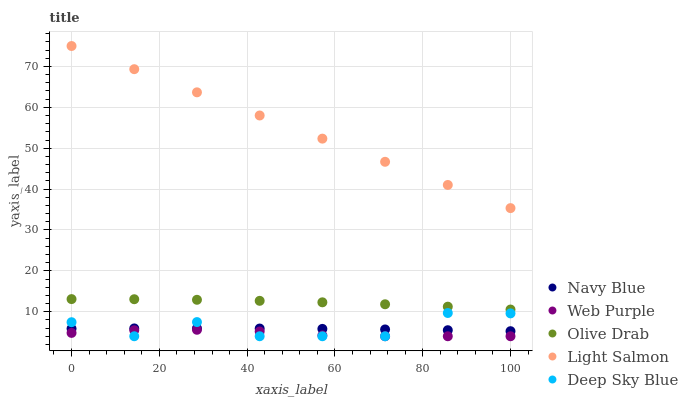
| xaxis_label | Navy Blue | Web Purple | Olive Drab | Light Salmon | Deep Sky Blue |
 | --- | --- | --- | --- | --- | --- |
 | 0 | 5.85 | 4.82 | 13.1 | 75 | 7.44 |
 | 14.3 | 5.92 | 5.47 | 13.1 | 69.3 | 4 |
 | 28.6 | 5.93 | 5.58 | 12.9 | 63.7 | 7.47 |
 | 42.9 | 5.89 | 5.16 | 12.7 | 58 | 4 |
 | 57.1 | 5.8 | 4.21 | 12.3 | 52.3 | 4 |
 | 71.4 | 5.67 | 4 | 11.8 | 46.7 | 4 |
 | 85.7 | 5.48 | 4 | 11.2 | 41 | 9.69 |
 | 100 | 5.24 | 4 | 10.5 | 35.3 | 9.59 |